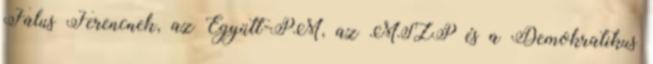
Falus Ferencnek, az Együtt-PM, az MSZP és a Demokratikus